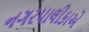
નગરપાલીકાએ